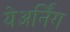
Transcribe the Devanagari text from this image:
येअर्निंग